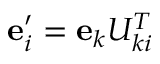
{ \bf e } _ { i } ^ { \prime } = { \bf e } _ { k } U _ { k i } ^ { T }